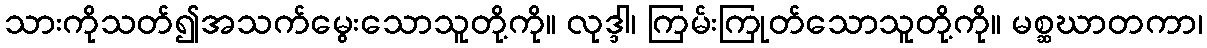
သားကိုသတ်၍အသက်မွေးသောသူတို့ကို။ လုဒ္ဒါ၊ ကြမ်းကြုတ်သောသူတို့ကို။ မစ္ဆဃာတကာ၊